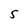
Character: 5